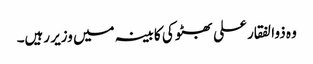
وہ ذوالفقار علی بھٹو کی کابینہ میں وزیر رہیں۔